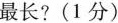
最长?(1分)